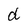
Character: d